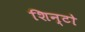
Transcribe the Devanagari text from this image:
शिन्टो